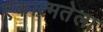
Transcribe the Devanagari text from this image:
एकात्मतेला